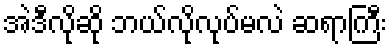
အဲဒီလိုဆို ဘယ်လိုလုပ်မလဲ ဆရာကြီး